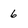
Character: 6